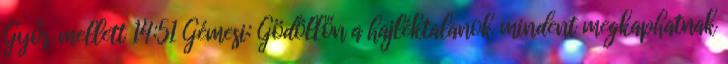
Győr mellett 14:51 Gémesi: Gödöllőn a hajléktalanok mindent megkaphatnak